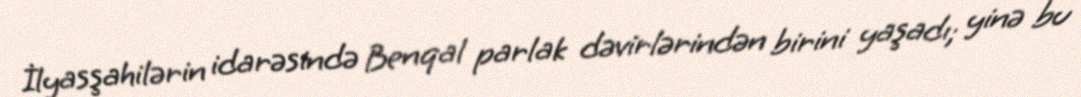
İlyasşahilərin idarəsində Benqal parlak dəvirlərindən birini yaşadı; yinə bu